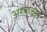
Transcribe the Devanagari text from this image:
अश्याचाच